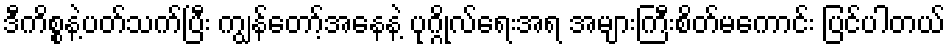
ဒီကိစ္စနဲ့ပတ်သက်ပြီး ကျွန်တော့်အနေနဲ့ ပုဂ္ဂိုလ်ရေးအရ အများကြီးစိတ်မကောင်း ပြင်ပါတယ်